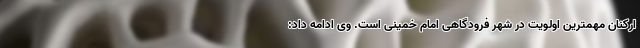
ارکنان مهمترین اولویت در شهر فرودگاهی امام خمینی است. وی ادامه داد: